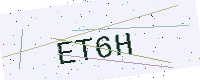
Text: ET6H